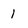
Character: 1